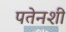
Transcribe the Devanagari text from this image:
पतेनशी